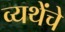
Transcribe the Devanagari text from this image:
व्यथेंचे